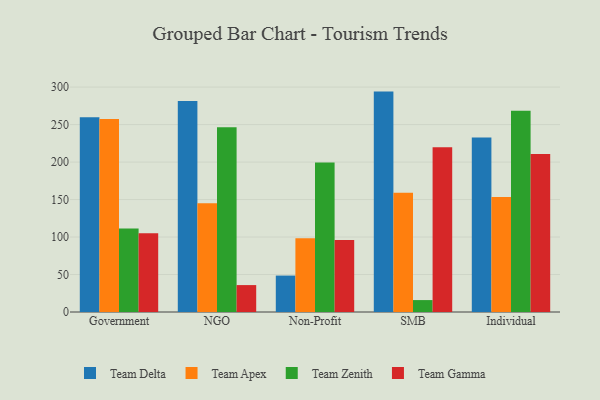
{"axis": {"x": "Segment", "y": "Revenue (USD Million)"}, "legend": ["Team Apex", "Team Delta", "Team Gamma", "Team Zenith"], "data": [{"x": "Government", "y": 259.9, "type": "Team Delta"}, {"x": "Government", "y": 257.4, "type": "Team Apex"}, {"x": "Government", "y": 111.4, "type": "Team Zenith"}, {"x": "Government", "y": 105.2, "type": "Team Gamma"}, {"x": "NGO", "y": 281.3, "type": "Team Delta"}, {"x": "NGO", "y": 144.9, "type": "Team Apex"}, {"x": "NGO", "y": 246.5, "type": "Team Zenith"}, {"x": "NGO", "y": 35.9, "type": "Team Gamma"}, {"x": "Non-Profit", "y": 48.6, "type": "Team Delta"}, {"x": "Non-Profit", "y": 98.4, "type": "Team Apex"}, {"x": "Non-Profit", "y": 199.5, "type": "Team Zenith"}, {"x": "Non-Profit", "y": 95.9, "type": "Team Gamma"}, {"x": "SMB", "y": 294.0, "type": "Team Delta"}, {"x": "SMB", "y": 159.0, "type": "Team Apex"}, {"x": "SMB", "y": 15.9, "type": "Team Zenith"}, {"x": "SMB", "y": 219.7, "type": "Team Gamma"}, {"x": "Individual", "y": 232.7, "type": "Team Delta"}, {"x": "Individual", "y": 153.5, "type": "Team Apex"}, {"x": "Individual", "y": 268.6, "type": "Team Zenith"}, {"x": "Individual", "y": 210.8, "type": "Team Gamma"}]}